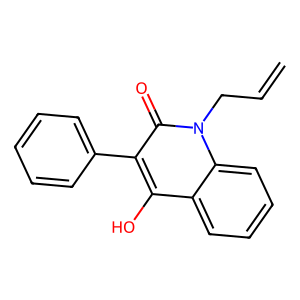
SMILES: C=CCn1c(=O)c(-c2ccccc2)c(O)c2ccccc21
Inhibits HIV replication: No